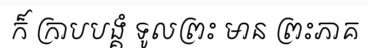
ក៏ ក្រាបបង្គំ ទូលព្រះ មាន ព្រះភាគ